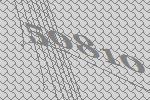
50810